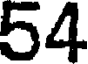
54